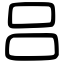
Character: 吕